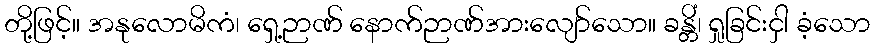
တို့ဖြင့်။ အနုလောမိကံ၊ ရှေ့ဉာဏ် နောက်ဉာဏ်အားလျော်သော။ ခန္တိံ၊ ရှုခြင်းငှါ ခံ့သော